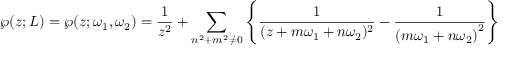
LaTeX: \wp ( z ; L ) = \wp ( z ; \omega _ { 1 } , \omega _ { 2 } ) = { \frac { 1 } { z ^ { 2 } } } + \sum _ { n ^ { 2 } + m ^ { 2 } \neq 0 } \left\{ { \frac { 1 } { ( z + m \omega _ { 1 } + n \omega _ { 2 } ) ^ { 2 } } } - { \frac { 1 } { \left( m \omega _ { 1 } + n \omega _ { 2 } \right) ^ { 2 } } } \right\}